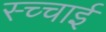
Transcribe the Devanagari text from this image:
स्च्चाई